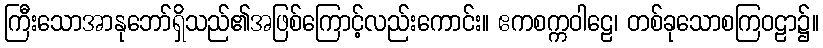
ကြီးသောအာနုဘော်ရှိသည်၏အဖြစ်ကြောင့်လည်းကောင်း။ ဧကစက္ကဝါဠေ၊ တစ်ခုသောစကြဝဠာ၌။